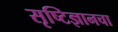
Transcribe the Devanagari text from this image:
सृष्टिज्ञानचा